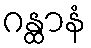
ဂန္ထာနံ